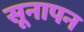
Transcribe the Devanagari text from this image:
सूनापन